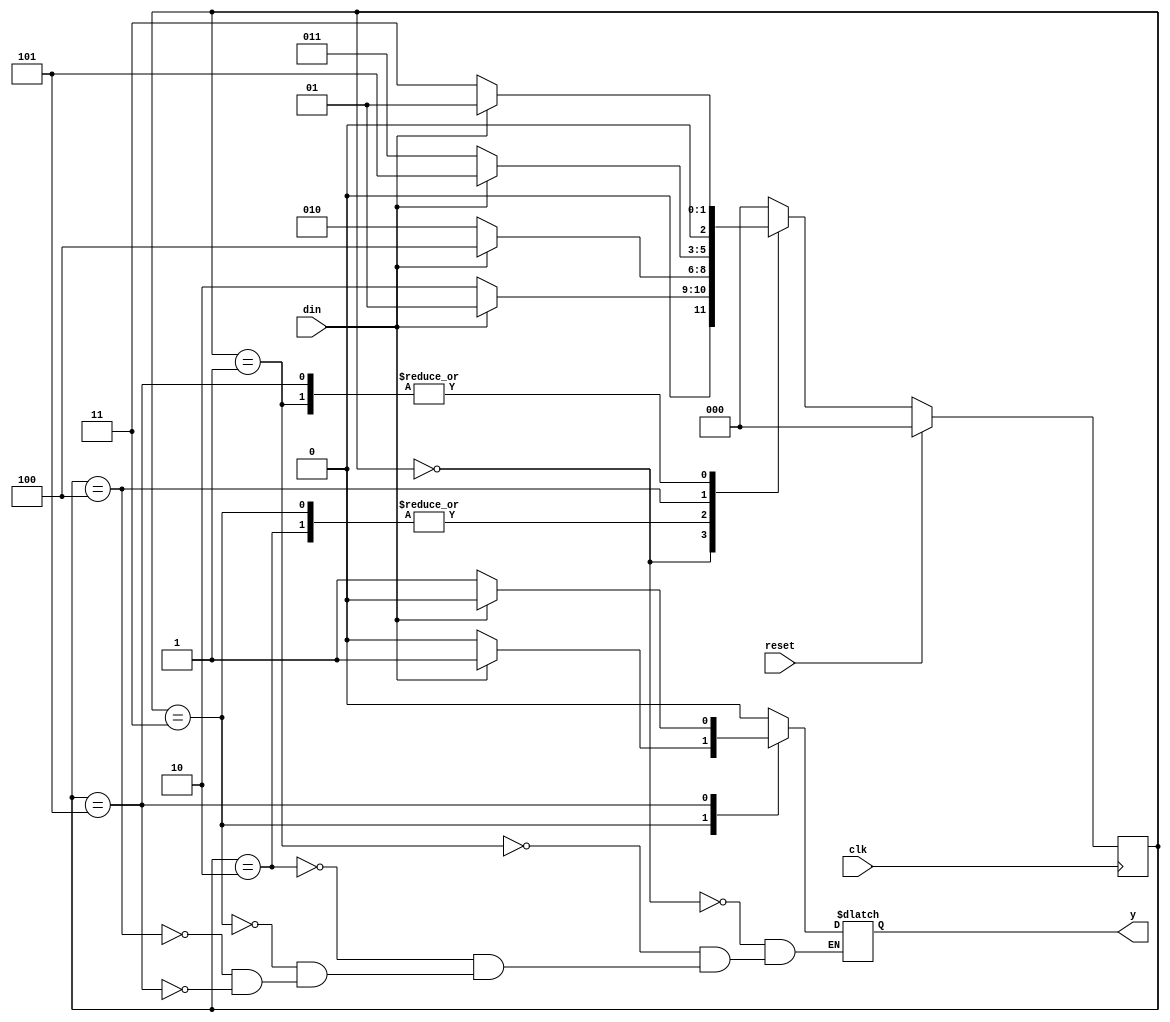
// This program was cloned from: https://github.com/ekb0412/100DaysofRTL
// License: Apache License 2.0

`timescale 1ns / 1ps

module fsm_101_0110(
	input din,clk,reset,
	output reg y);
	
	reg[2:0] cst, nst;	
	parameter S0=3'b000,
              S1=3'b001,
              S2=3'b010,
              S3=3'b011,
              S4=3'b100,
              S5=3'b101;
				 
	always@ (posedge clk)
	begin
		if(reset)
			cst<=S0;
		else
			cst<=nst;
	end
	
	always @(cst or din)
	begin
		case(cst)
			S0: if(din==1'b1)
					begin
						nst<=S1;
						y<=1'b0;
					end
				 else
					begin
						nst<=S2;
						y<=1'b0;
					end
				
			S1: if(din==1'b1)
					begin
						nst<=S1;
						y<=1'b0;
					end
				 else
					begin
						nst<=S3;
						y<=1'b0;
					end
					
			S2: if(din==1'b1)
					begin
						nst<=S4;
						y<=1'b0;
					end
				 else
					begin
						nst<=S2;
						y<=1'b0;
					end
					
			S3: if(din==1'b1)
					begin
						nst<=S4;
						y<=1'b1;
					end
				 else
					begin
						nst<=S2;
						y<=1'b0;
					end
			
		    S4: if(din==1'b1)
					begin
						nst<=S5;
						y<=1'b0;
					end
				 else
					begin
						nst<=S3;
						y<=1'b0;
					end
					
			S5: if(din==1'b1)
					begin
						nst<=S1;
						y<=1'b0;
					end
				 else
					begin
						nst<=S3;
						y<=1'b1;
					end
					
		default: nst<=S0;
		endcase
	end
endmodule